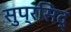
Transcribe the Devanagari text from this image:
सुप्रसिद्